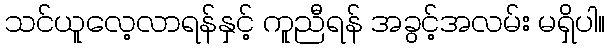
သင်ယူလေ့လာရန်နှင့် ကူညီရန် အခွင့်အလမ်း မရှိပါ။